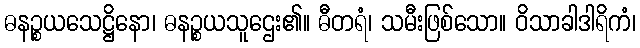
ဓနဉ္စယသေဋ္ဌိနော၊ ဓနဉ္စယသူဌေး၏။ ဓီတရံ၊ သမီးဖြစ်သော။ ဝိသာခါဒါရိကံ၊